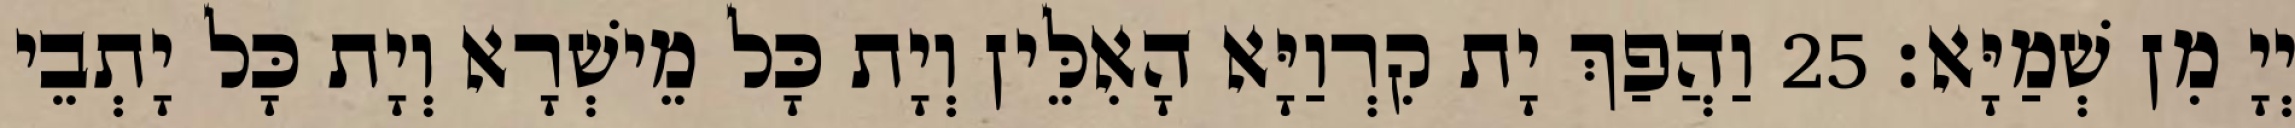
יְיָ מִן שְׁמַיָּא׃ 25 וַהֲפַךְ יָת קִרְוַיָּא הָאִלֵּין וְיָת כָּל מֵישְׁרָא וְיָת כָּל יָתְבֵי